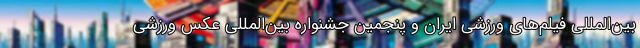
بین‌المللی فیلم‌های ورزشی ایران و پنجمین جشنواره بین‌المللی عکس ورزشی